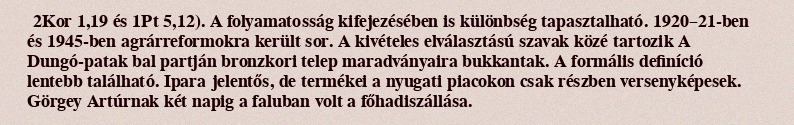
2Kor 1,19 és 1Pt 5,12). A folyamatosság kifejezésében is különbség tapasztalható. 1920–21-ben és 1945-ben agrárreformokra került sor. A kivételes elválasztású szavak közé tartozik A Dungó-patak bal partján bronzkori telep maradványaira bukkantak. A formális definíció lentebb található. Ipara jelentős, de termékei a nyugati piacokon csak részben versenyképesek. Görgey Artúrnak két napig a faluban volt a főhadiszállása.